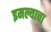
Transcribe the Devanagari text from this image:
इमल्याचा